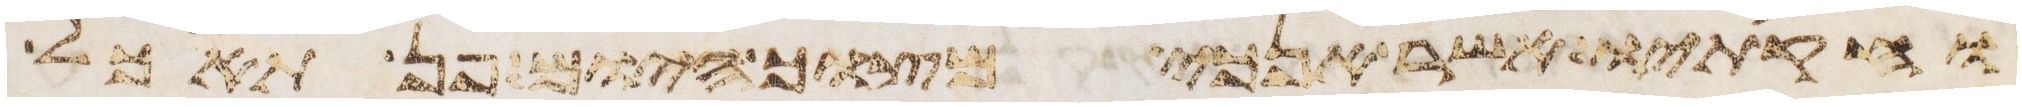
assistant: וחקתיו אשר אנכי מצוך היום פן תאכל